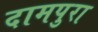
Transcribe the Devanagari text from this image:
दामपुरा